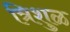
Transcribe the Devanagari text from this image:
त्रिशुळ